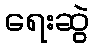
ရေးဆွဲ